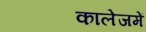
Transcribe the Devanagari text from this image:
कालेजमें